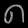
Digit: ၈